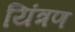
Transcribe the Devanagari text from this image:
यिंत्रण